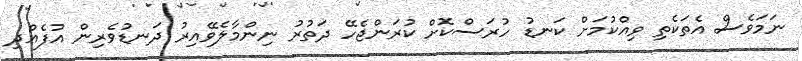
ނަމަވެސް އެތަކެތި ވިއްކުމަށް ކަނޑު ހުރަސްކޮށް ކުރަންޖެހޭ ދަތުރު ނިންމާލެވޭއިރު ދަނޑުވެރިން އުފެއްދި